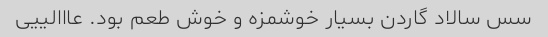
سس سالاد گاردن بسیار خوشمزه و خوش طعم بود. عااالییی